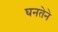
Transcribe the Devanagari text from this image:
घनतेने